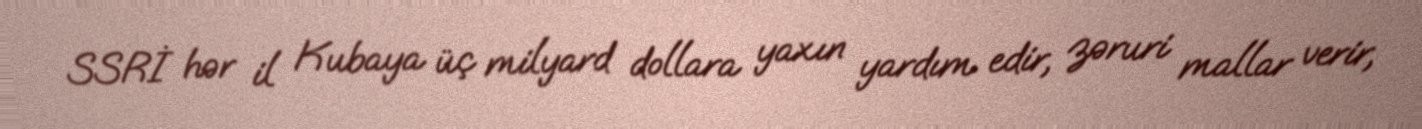
SSRİ hər il Kubaya üç milyard dollara yaxın yardım edir, zəruri mallar verir,